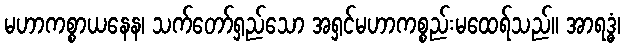
မဟာကစ္စာယနေန၊ သက်တော်ရှည်သော အရှင်မဟာကစ္စည်းမထေရ်သည်။ အာရဒ္ဓံ၊